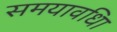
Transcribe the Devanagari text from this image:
समयावधिा